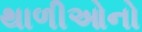
થાળીઓનો